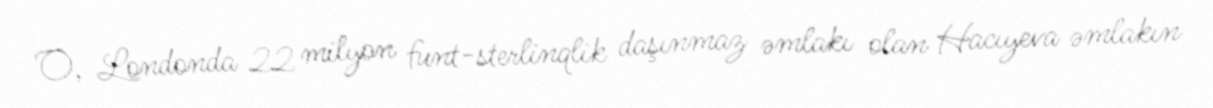
O, Londonda 22 milyon funt-sterlinqlik daşınmaz əmlakı olan Hacıyeva əmlakın